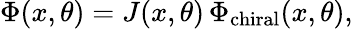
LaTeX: \Phi(x,\theta)=J(x,\theta)\, \Phi_{\mathrm{chiral}}(x,\theta),